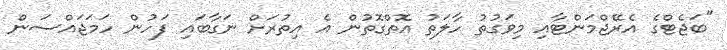
"ބަޖެޓްގެ އެރޭޖްމަންޓާއި މިވަގުތު ހާލަތު އޮތްގޮތުން އެ އިތުރަށް ނަގާބައި ފަހުން ހަމަޖައްސަން